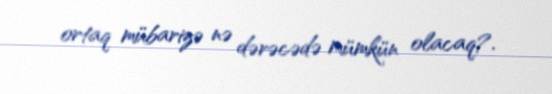
ortaq mübarizə nə dərəcədə mümkün olacaq?.